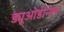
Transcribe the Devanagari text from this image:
ड्यूओडीनेल